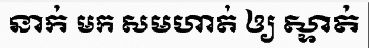
នាក់ មក សមហាត់ ឲ្យ ស្ទាត់